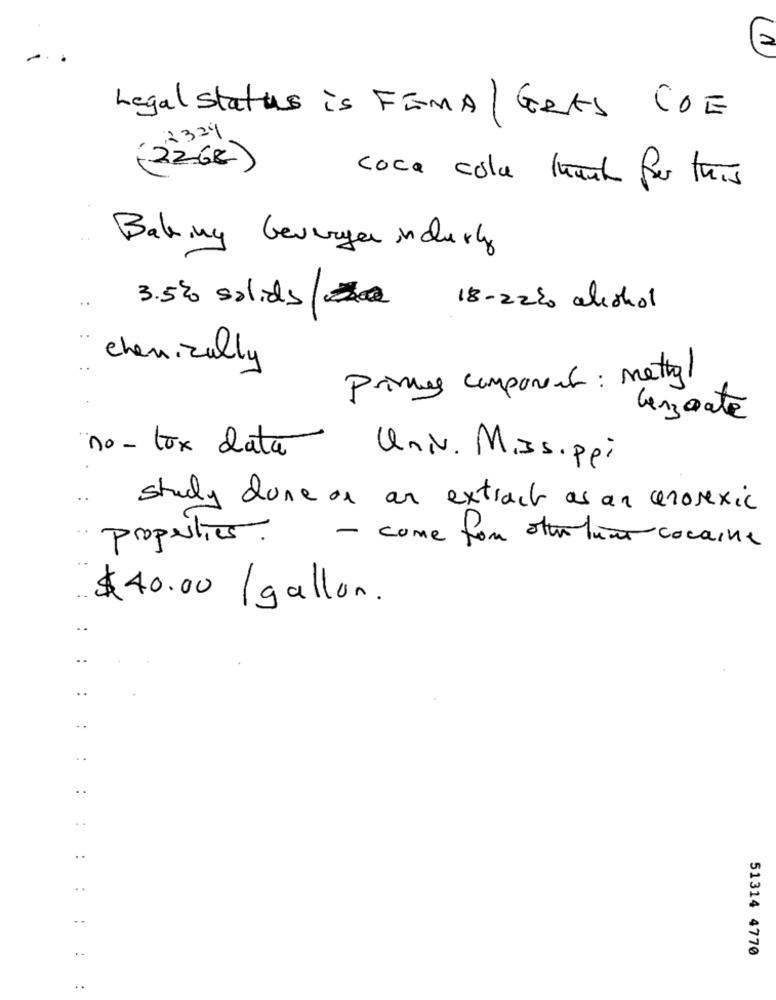
...
Legal status is FIRMA / Gets COE
2324
(2268)
coca cola ment for this
Baking Geverge incury
3.5% solids 18-2220 alcohol
chemically
Primes component: metal
benzoate
no - tox data
· Univ. Missippi
study done on an extract as an anorexic
properties.
- come for other tuner cocaine
$40.00 /gallon.
..
..
..
..
..
..
..
..
..
51314 4770